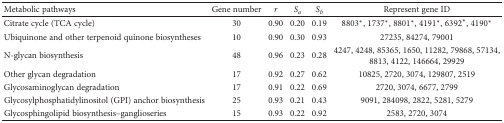
<table><thead><tr><td><b>Metabolic pathways</b></td><td><b>Gene number</b></td><td><b><i>r</i></b></td><td><b><i>S<sub>a</sub></i></b></td><td><b><i>S<sub>b</sub></i></b></td><td><b>Represent gene ID</b></td></tr></thead><tbody><tr><td>Citrate cycle (TCA cycle)</td><td>30</td><td>0.90</td><td>0.20</td><td>0.19</td><td>8803<sup>∗</sup>, 1737<sup>∗</sup>, 8801<sup>∗</sup>, 4191<sup>∗</sup>, 6392<sup>∗</sup>, 4190<sup>∗</sup></td></tr><tr><td>Ubiquinone and other terpenoid quinone biosyntheses</td><td>10</td><td>0.90</td><td>0.30</td><td>0.93</td><td>27235, 84274, 79001</td></tr><tr><td>N-glycan biosynthesis</td><td>48</td><td>0.96</td><td>0.23</td><td>0.28</td><td>4247, 4248, 85365, 1650, 11282, 79868, 57134, 8813, 4122, 146664, 29929</td></tr><tr><td>Other glycan degradation</td><td>17</td><td>0.92</td><td>0.27</td><td>0.62</td><td>10825, 2720, 3074, 129807, 2519</td></tr><tr><td>Glycosaminoglycan degradation</td><td>17</td><td>0.91</td><td>0.22</td><td>0.69</td><td>2720, 3074, 6677, 2799</td></tr><tr><td>Glycosylphosphatidylinositol (GPI) anchor biosynthesis</td><td>25</td><td>0.93</td><td>0.21</td><td>0.43</td><td>9091, 284098, 2822, 5281, 5279</td></tr><tr><td>Glycosphingolipid biosynthesis–ganglioseries</td><td>15</td><td>0.93</td><td>0.22</td><td>0.92</td><td>2583, 2720, 3074</td></tr></tbody></table>